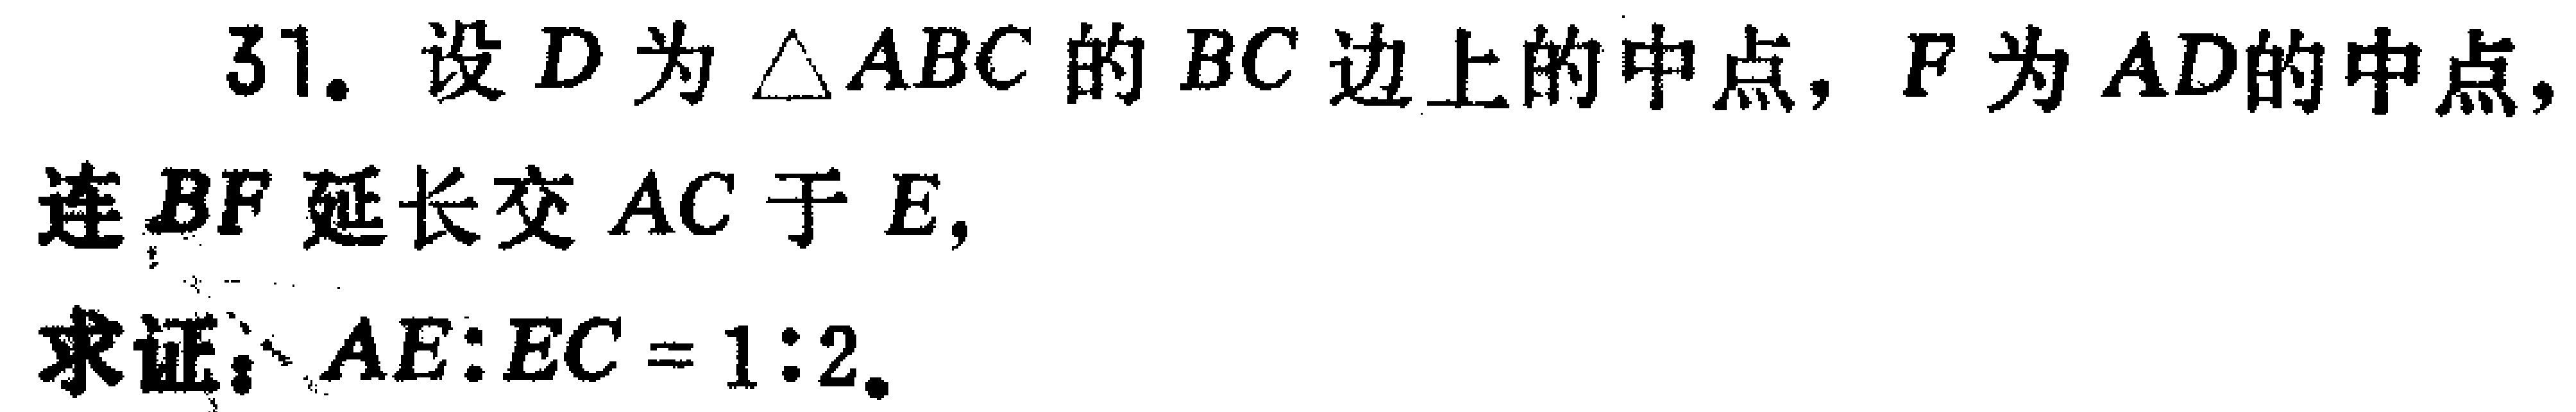
31. 设 \(D\) 为 \(\triangle ABC\) 的 \(BC\) 边上的中点，\(F\) 为 \(AD\) 的中点，连 \(BF\) 延长交 \(AC\) 于 \(E\)，

求证：\(AE:EC = 1:2\).